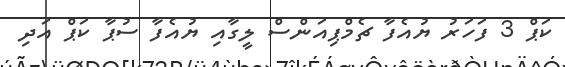
ކަޕް 3 ފަހަރު ޔުއެފާ ޗެމްޕިއަންސް ލީގާއި ޔުއެފާ ސުޕާ ކަޕް އަދި